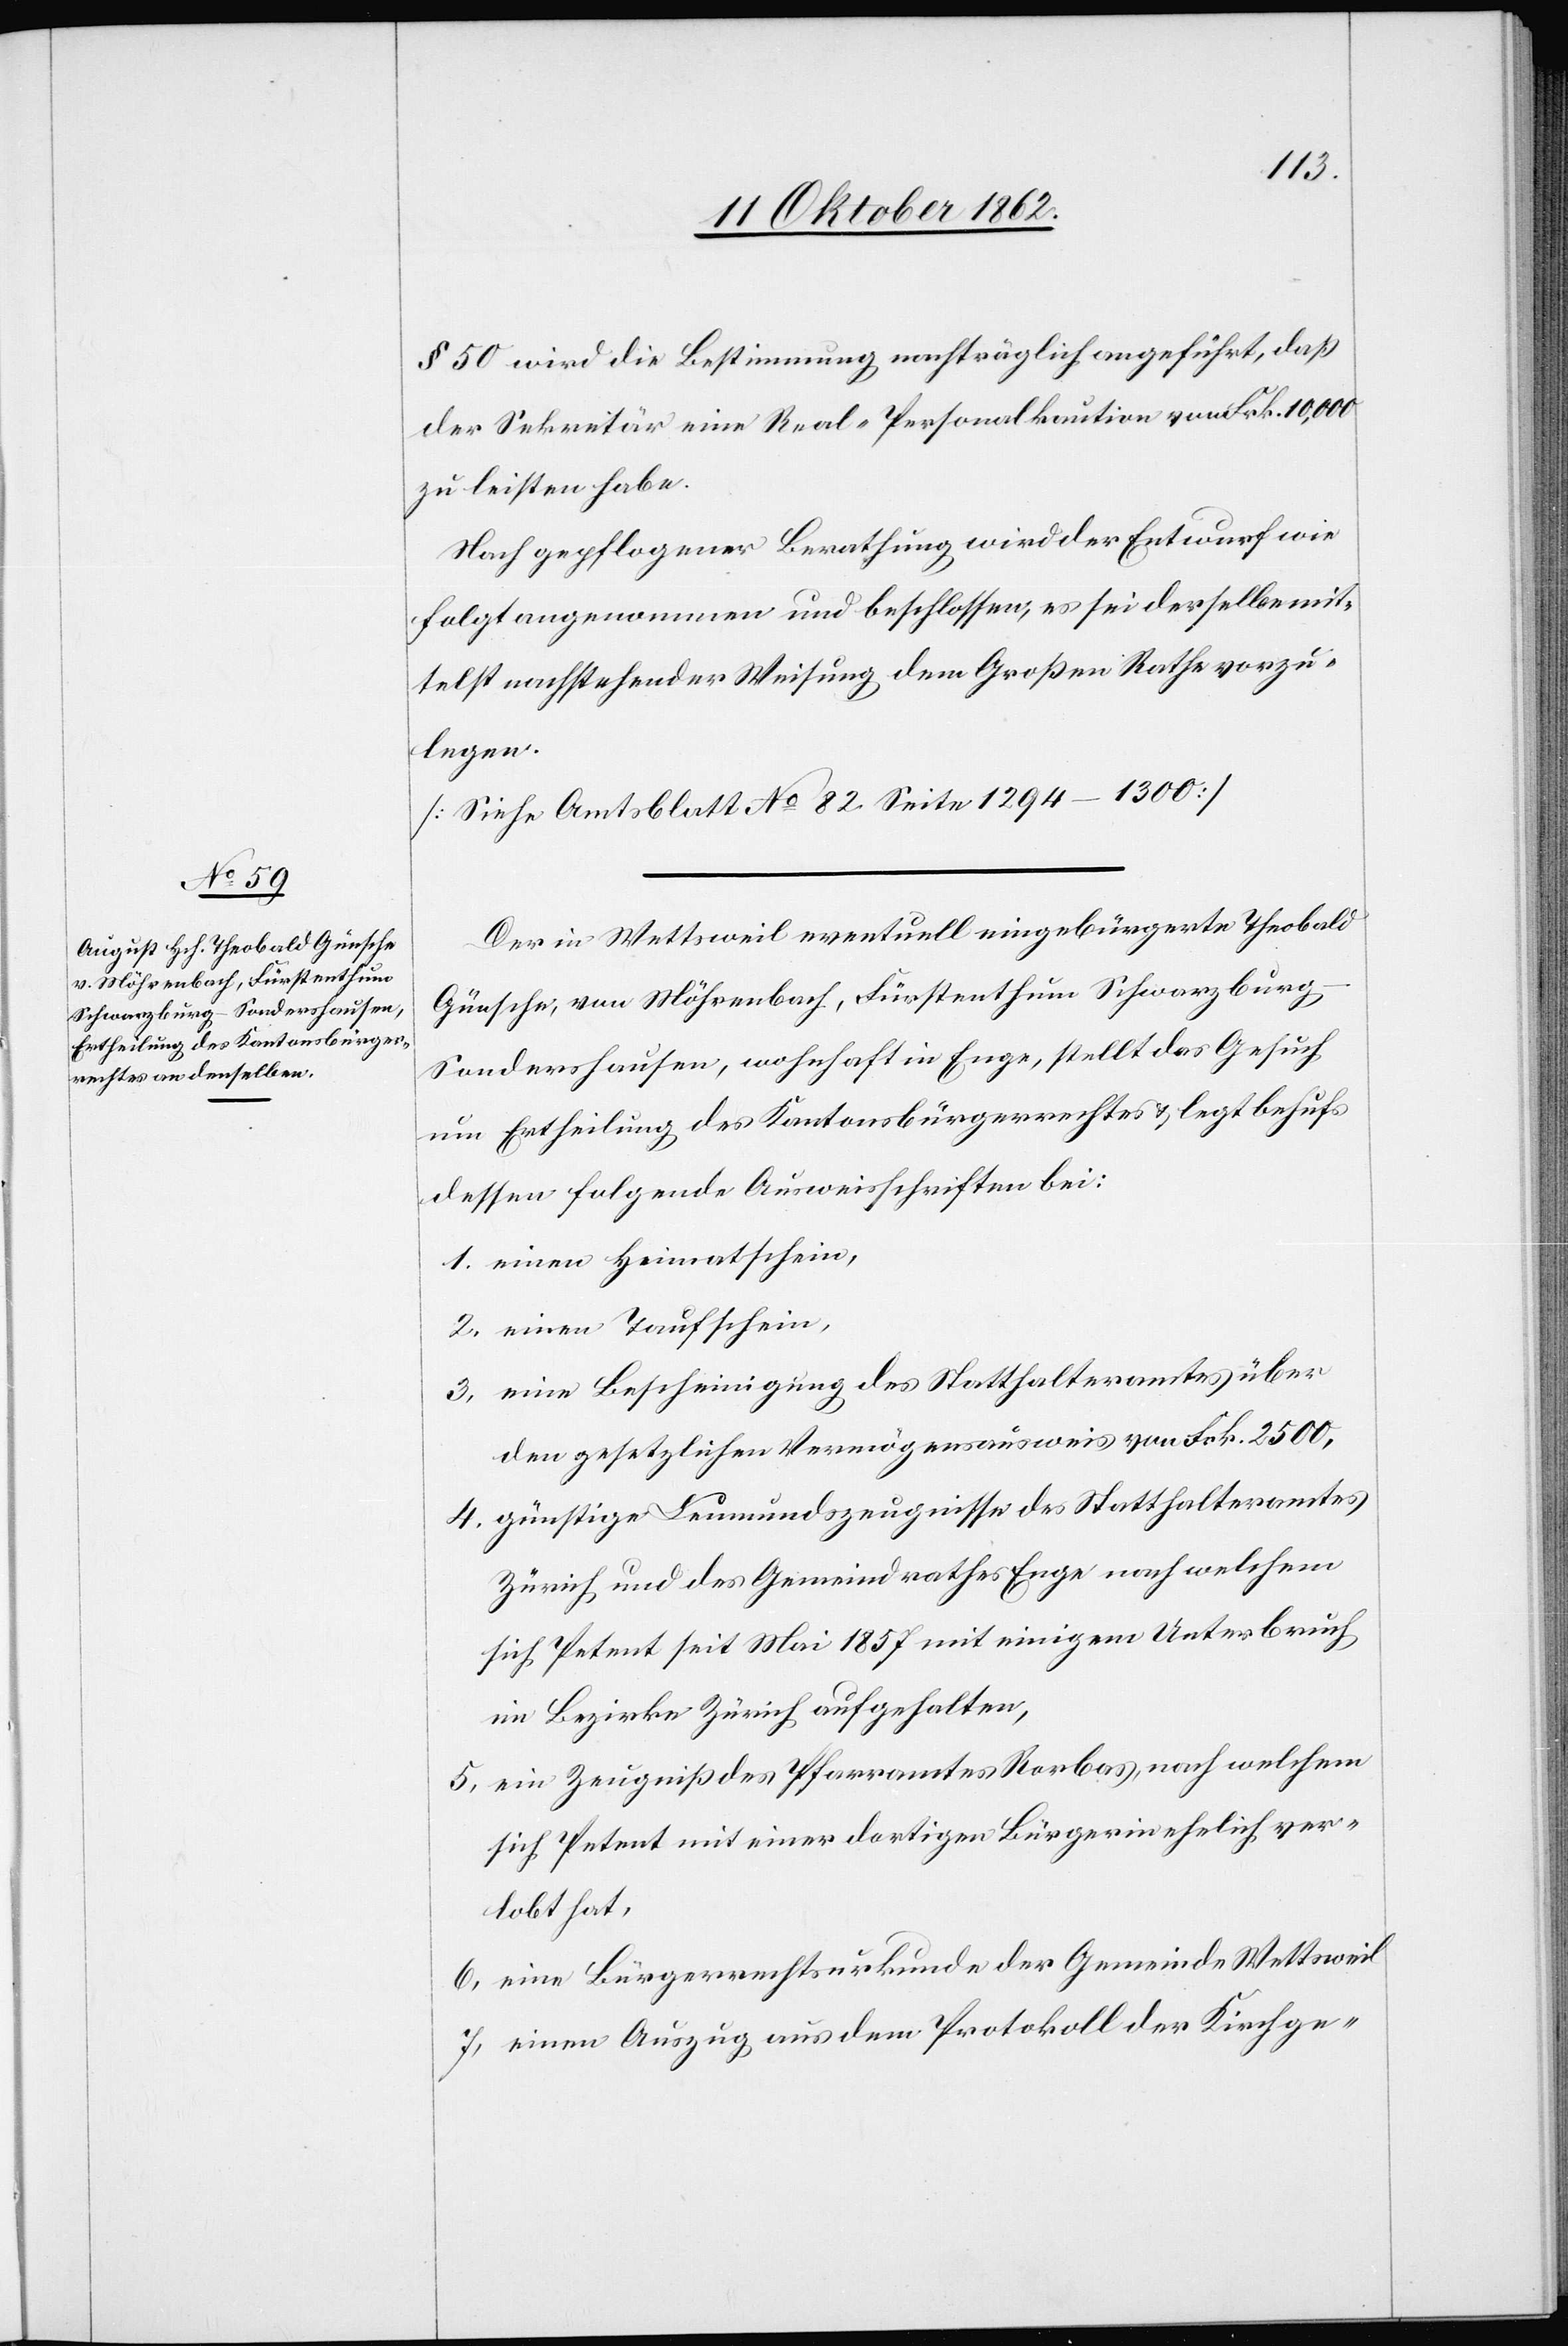
§. 50 wird die Bestimmung nachträglich angeführt, daß
der Sekretär eine Real-Personalkaution von Frk. 10,000
zu leisten habe.
Nach gepflogener Berathung wird der Entwurf wie
folgt angenommen und beschlossen, es sei derselbe mit¬
telst nachstehender Weisung dem Großen Rathe vorzu¬
legen.
[Siehe Amtsblatt No 82 Seite 1294–1300]
Der in Wettsweil eventuell eingebürgerte Theobald
Günsche, von Möhrenbach, Fürstenthum Schwarzbur¬
g-Sondershausen, wohnhaft in Enge, stellt das Gesuch
um Ertheilung des Kantonsbürgerrechtes u. legt behufs
dessen folgende Ausweisschriften bei:
1. einen Heimatschein,
2. einen Taufschein,
3. eine Bescheinigung des Statthalteramtes über
den gesetzlichen Vermögensausweis von Frk. 2500,
4. günstige Leumundszeugnisse des Statthalteramtes
Zürich und des Gemeindrathes Enge nach welchem
sich Petent seit Mai 1857 mit einigem Unterbruch
im Bezirke Zürich aufgehalten,
5. ein Zeugniß des Pfarramtes Rorbas, nach welchem
sich Petent mit einer dortigen Bürgerin ehelich ver¬
lobt hat,
6. eine Bürgerrechtsurkunde der Gemeinde Wettsweil
7. einen Auszug aus dem Protokoll der Kirchge-